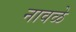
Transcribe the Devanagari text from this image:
नावळे